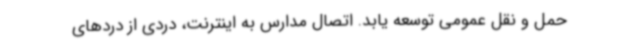
حمل و نقل عمومی توسعه یابد. اتصال مدارس به اینترنت، دردی از دردهای